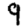
Digit: 9